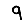
Digit: 9